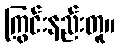
ကြွင်းနည်းတူ။